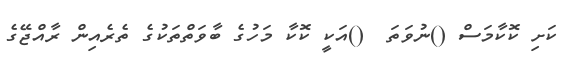
ކަށި ކޮކާމަސް ()ނުވަތަ  ()އަކީ ކޮކާ މަހުގެ ބާވަތްތަކުގެ ތެރެއިން ރާއްޖޭގެ